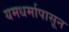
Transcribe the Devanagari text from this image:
यमधर्मापासून